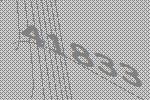
41833